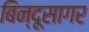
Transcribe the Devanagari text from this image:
बिन्दूसागर